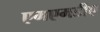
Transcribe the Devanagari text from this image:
एमएमडीए